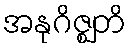
အနုဂိဇ္ဈတိ